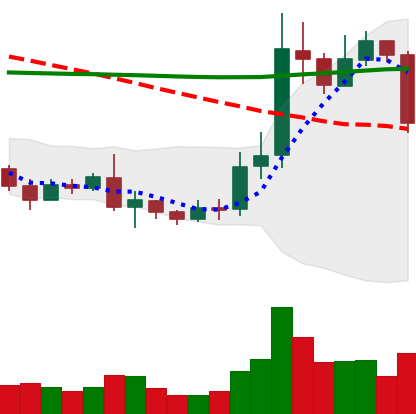
Ticker: ETC-USD
Chart end date: 2019-08-28
Forward return: 3.115%
Label: up_3_5